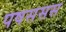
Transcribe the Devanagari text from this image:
पषससस